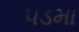
પડમા